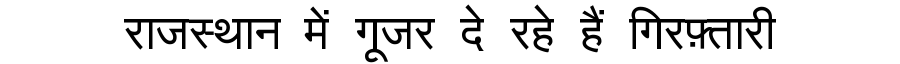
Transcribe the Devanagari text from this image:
राजस्थान में गूजर दे रहे हैं गिरफ़्तारी